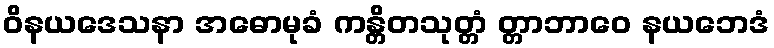
ဝိနယဒေသနာ အဓောမုခံ ကန္တိတသုတ္တံ တ္တာဘာဝေ နယဘေဒံ